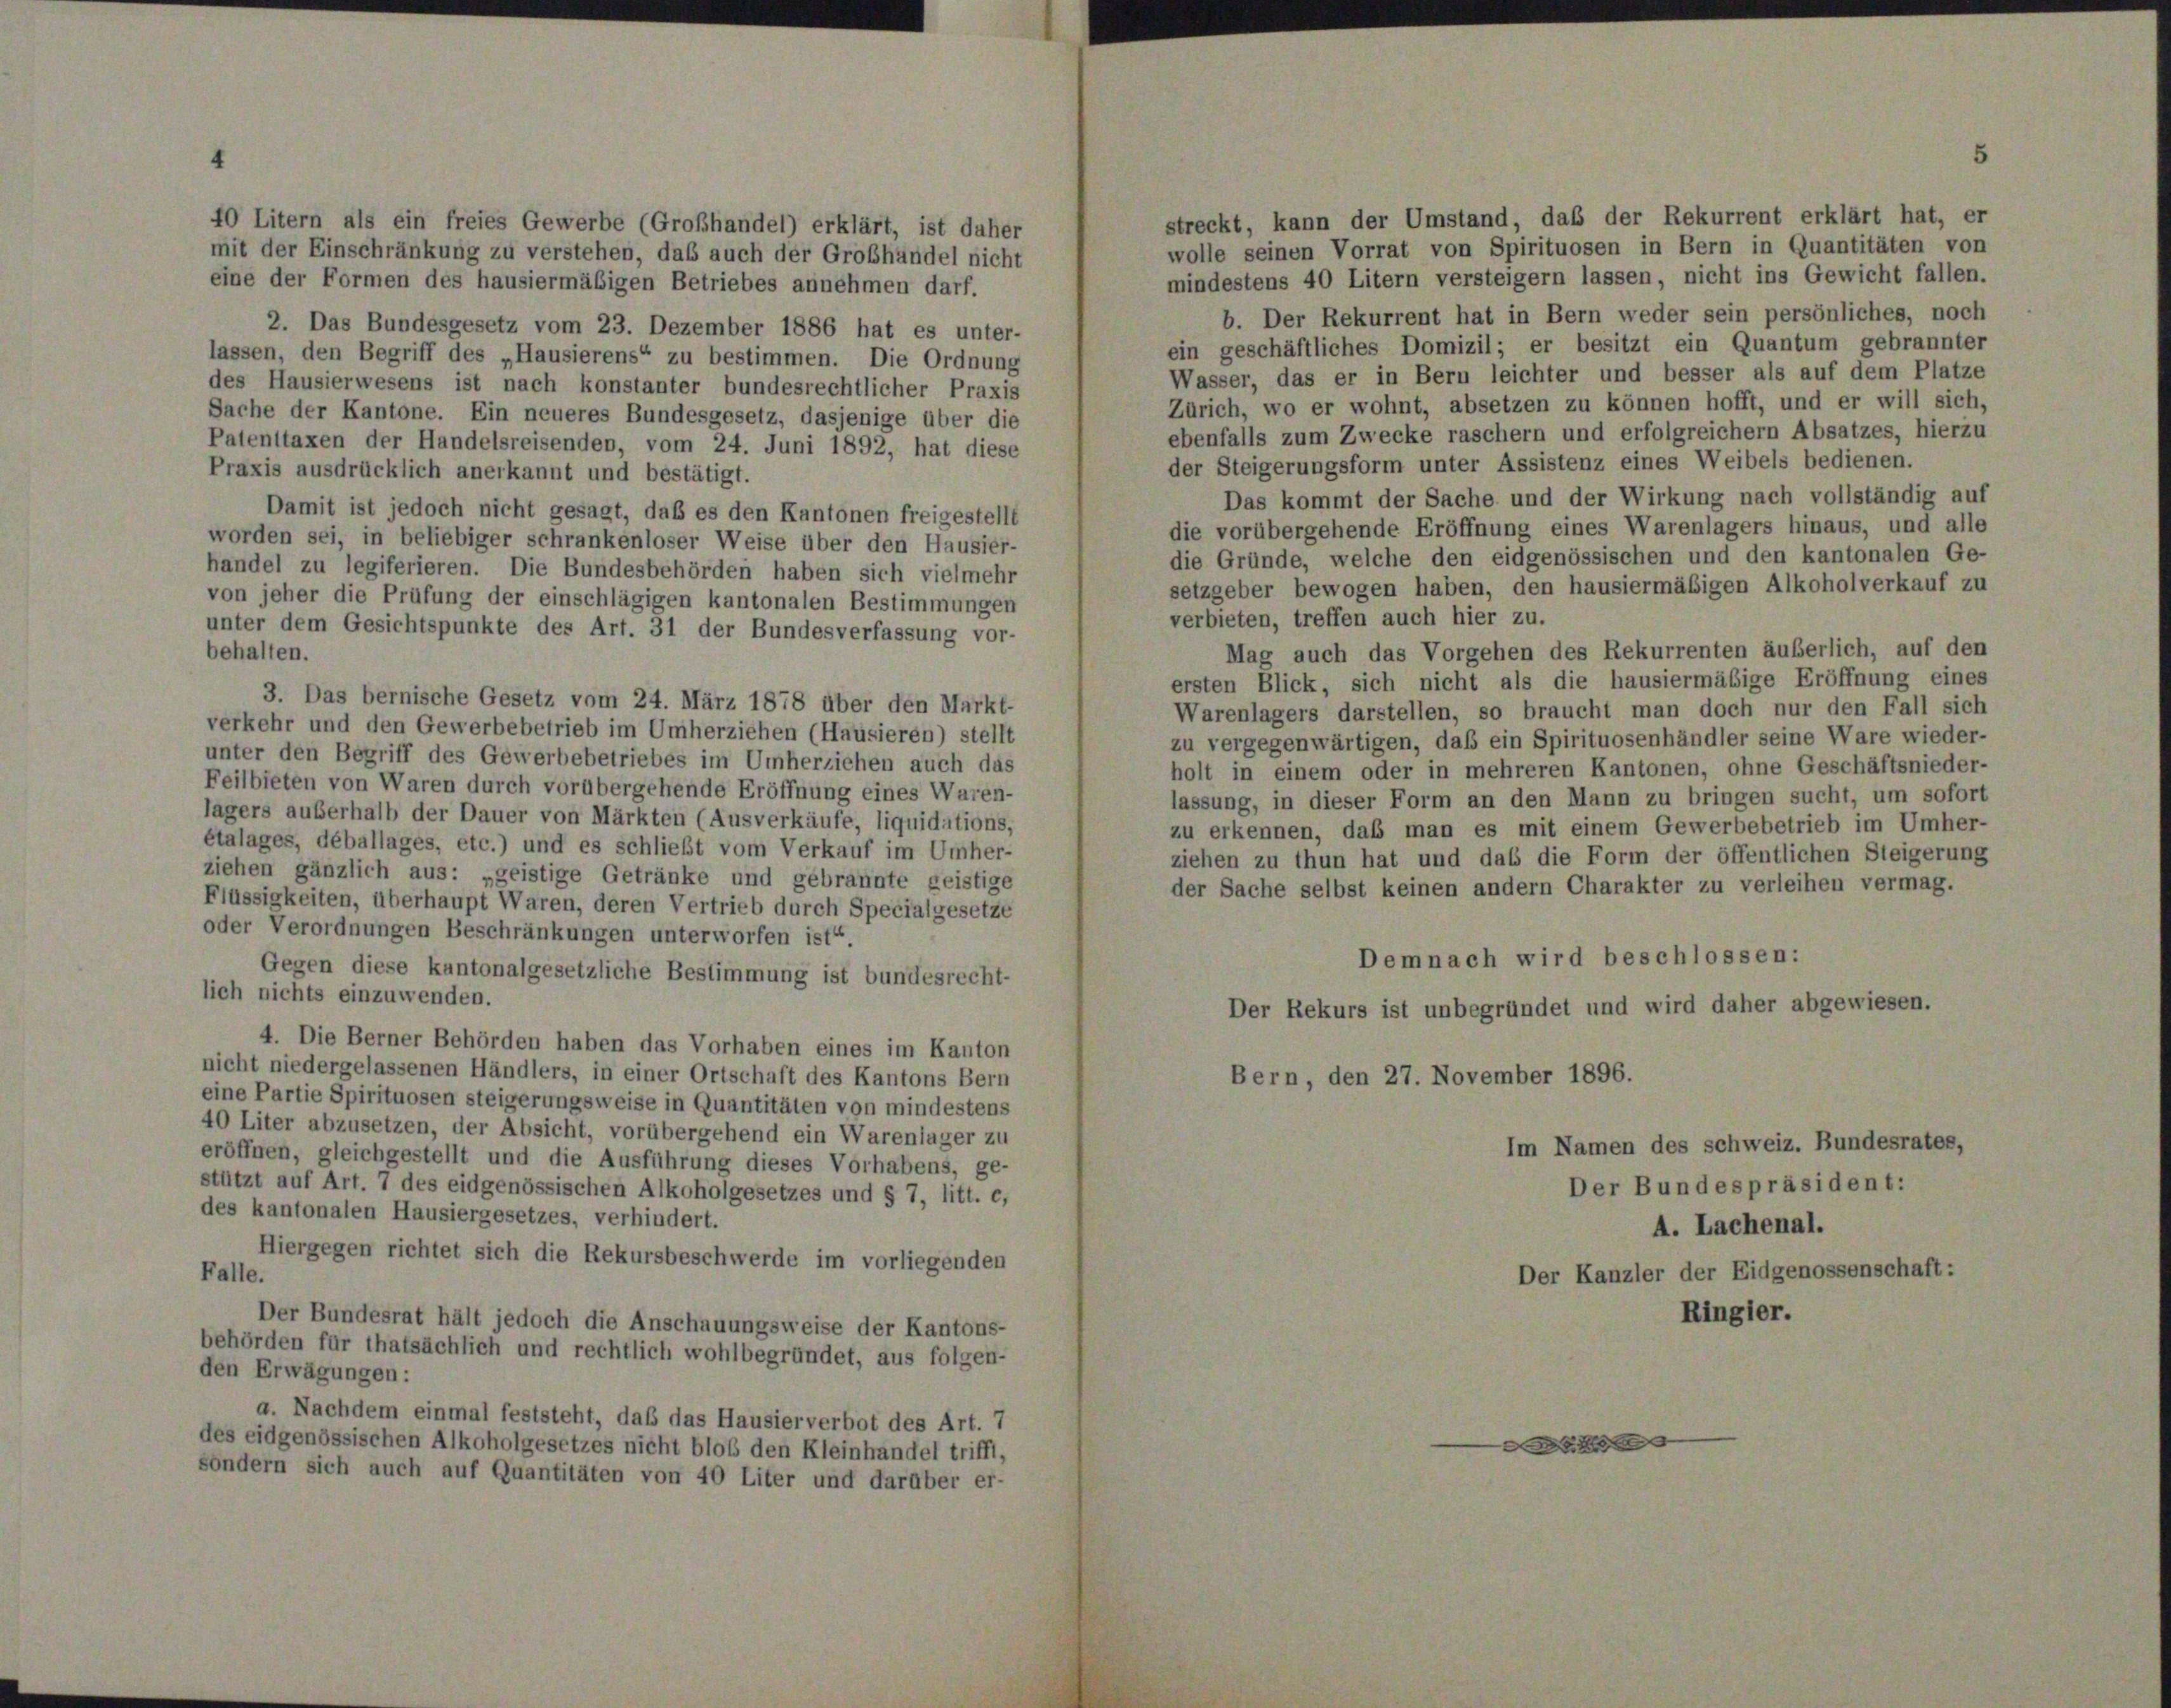
streckt, kann der Umstand, daß der Rekurrent erklärt hat, er
40 Litern als ein freies Gewerbe (Großhandel) erklärt, ist daher
wolle seinen Vorrat von Spirituosen in Bern in Quantitäten von
mit der Einschränkung zu verstehen, daß auch der Großhandel nicht
mindestens 40 Litern versteigern lassen, nicht ins Gewicht fallen.
eine der Formen des hausiermäßigen Betriebes annehmen darf.
b. Der Rekurrent hat in Bern weder sein persönliches, noch
2. Das Bundesgesetz vom 23. Dezember 1886 hat es unter-
ein geschäftliches Domizil; er besitzt ein Quantum gebrannter
lassen, den Begriff des „Hausierens“ zu bestimmen. Die Ordnung
Wasser, das er in Bern leichter und besser als auf dem Platze
des Hausierwesens ist nach konstanter bundesrechtlicher Praxis
Zürich, wo er wohnt, absetzen zu können hofft, und er will sich,
Sache der Kantone. Ein neueres Bundesgesetz, dasjenige über die
ebenfalls zum Zwecke raschern und erfolgreichern Absatzes, hierzu
Patenttaxen der Handelsreisenden, vom 24. Juni 1892, hat diese
der Steigerungsform unter Assistenz eines Weibels bedienen.
Praxis ausdrücklich anerkannt und bestätigt.
Das kommt der Sache und der Wirkung nach vollständig auf
Damit ist jedoch nicht gesagt, daß es den Kantonen freigestellt
die vorübergehende Eröffnung eines Warenlagers hinaus, und alle
worden sei, in beliebiger schrankenloser Weise über den Hausier-
die Gründe, welche den eidgenössischen und den kantonalen Ge-
handel zu legiferieren. Die Bundesbehörden haben sich vielmehr
setzgeber bewogen haben, den hausiermäßigen Alkoholverkauf zu
von jeher die Prüfung der einschlägigen kantonalen Bestimmungen
verbieten, treffen auch hier zu.
unter dem Gesichtspunkte des Art. 31 der Bundesverfassung vor-
Mag auch das Vorgehen des Rekurrenten äußerlich, auf den
behalten.
ersten Blick, sich nicht als die hausiermäßige Eröffnung eines
3. Das bernische Gesetz vom 24. März 1878 über den Markt-
Warenlagers darstellen, so braucht man doch nur den Fall sich
verkehr und den Gewerbebetrieb im Umherziehen (Hausieren) stellt
zu vergegenwärtigen, daß ein Spirituosenhändler seine Ware wieder-
unter den Begriff des Gewerbebetriebes im Umherziehen auch das
holt in einem oder in mehreren Kantonen, ohne Geschäftsnieder-
Feilbieten von Waren durch vorübergehende Eröffnung eines Waren-
lassung, in dieser Form an den Mann zu bringen sucht, um sofort
lagers außerhalb der Dauer von Märkten (Ausverkäufe, liquidations,
zu erkennen, daß man es mit einem Gewerbebetrieb im Umher-
étalages, déballages, etc.) und es schließt vom Verkauf im Umher-
ziehen zu thun hat und daß die Form der öffentlichen Steigerung
ziehen gänzlich aus: „geistige Getränke und gebrannte geistige
der Sache selbst keinen andern Charakter zu verleihen vermag.
Flüssigkeiten, überhaupt Waren, deren Vertrieb durch Specialgesetze
oder Verordnungen Beschränkungen unterworfen ist“.
Demnach wird beschlossen:
Gegen diese kantonalgesetzliche Bestimmung ist bundesrecht-
lich nichts einzuwenden.
Der Rekurs ist unbegründet und wird daher abgewiesen.
4. Die Berner Behörden haben das Vorhaben eines im Kanton
nicht niedergelassenen Händlers, in einer Ortschaft des Kantons Bern
Bern, den 27. November 1896.
eine Partie Spirituosen steigerungsweise in Quantitäten von mindestens
40 Liter abzusetzen, der Absicht, vorübergehend ein Warenlager zu
Im Namen des Schweiz. Bundesrates,
eröffnen, gleichgestellt und die Ausführung dieses Vorhabens, ge-
Der Bundespräsident:
stützt auf Art. 7 des eidgenössischen Alkoholgesetzes und § 7, litt. e,
des kantonalen Hausiergesetzes, verhindert.
A. Lachenal.
Hiergegen richtet sich die Rekursbeschwerde im vorliegenden
Falle.
Der Kanzler der Eidgenossenschaft:
Ringier.
Der Bundesrat hält jedoch die Anschauungsweise der Kantons-
behörden für thatsächlich und rechtlich wohlbegründet, aus folgen-
den Erwägungen:
a. Nachdem einmal feststeht, daß das Hausierverbot des Art. 7
des eidgenössischen Alkoholgesetzes nicht bloß den Kleinhandel trifft,
i
sondern sich auch auf Quantitäten von 40 Liter und darüber er-

5